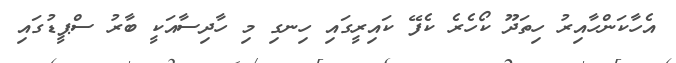
އެހާކަންހާއިރު ހިތަދޫ ކޯހެރެ ކެފޭ ކައިރީގައި ހިނގި މި ހާދިސާއަކީ ބާރު ސްޕީޑުގައި